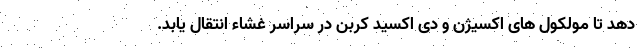
دهد تا مولکول های اکسیژن و دی اکسید کربن در سراسر غشاء انتقال یابد.